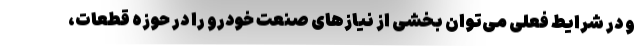
و در شرایط فعلی می‌توان بخشی از نیازهای صنعت خودرو را در حوزه قطعات،